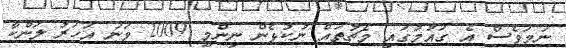
ނަމަވެސް އެ ގައުމުގައި މެޗުތައް ނުކުޅެން ނިންމީ 2009 ވަނަ އަހަރު ލަންކާ